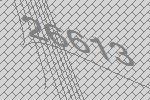
26613